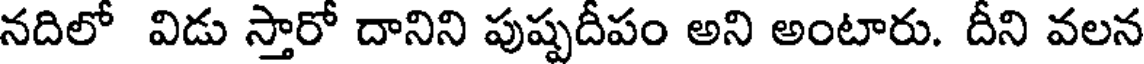
నదిలో విడు స్తారో దానిని పుష్పదీపం అని అంటారు. దీని వలన